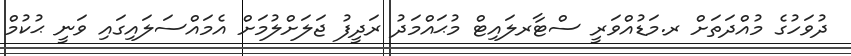
ދުވަހުގެ މުއްދަތަށް ރ.މަޑުއްވަރީ ސްޓާރލައިޓް މުޙައްމަދު ރަދީފު ޖަލަށްލުމަށް އެމައްސަލައިގައި ވަނީ ޙުކުމް